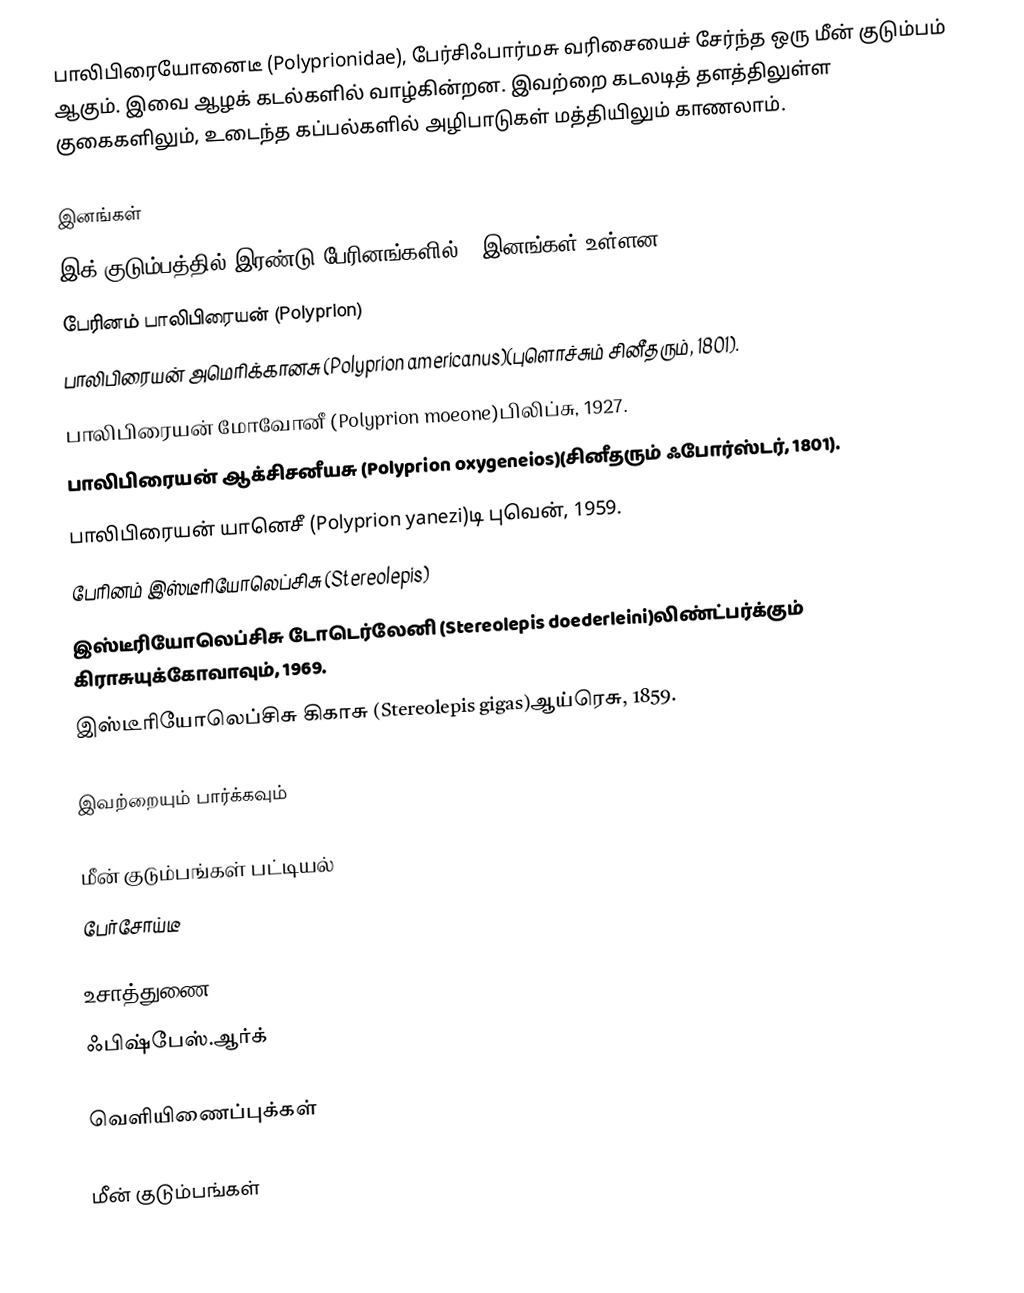
பாலிபிரையோனைடீ (Polyprionidae), பேர்சிஃபார்மசு வரிசையைச் சேர்ந்த ஒரு மீன் குடும்பம் ஆகும். இவை ஆழக் கடல்களில் வாழ்கின்றன. இவற்றை கடலடித் தளத்திலுள்ள குகைகளிலும், உடைந்த கப்பல்களில் அழிபாடுகள் மத்தியிலும் காணலாம்.

இனங்கள்
இக் குடும்பத்தில் இரண்டு பேரினங்களில் 6 இனங்கள் உள்ளன:
 பேரினம் பாலிபிரையன் (Polyprion)
 பாலிபிரையன் அமெரிக்கானசு (Polyprion americanus)(புளொச்சும் சினீதரும், 1801).
 பாலிபிரையன் மோவோனீ (Polyprion moeone)பிலிப்சு, 1927.
 பாலிபிரையன் ஆக்சிசனீயசு (Polyprion oxygeneios)(சினீதரும் ஃபோர்ஸ்டர், 1801).
 பாலிபிரையன் யானெசீ (Polyprion yanezi)டி புவென், 1959.
 பேரினம் இஸ்டீரியோலெப்சிசு (Stereolepis)
 இஸ்டீரியோலெப்சிசு டோடெர்லேனி (Stereolepis doederleini)லிண்ட்பர்க்கும் கிராசுயுக்கோவாவும், 1969.
 இஸ்டீரியோலெப்சிசு கிகாசு (Stereolepis gigas)ஆய்ரெசு, 1859.

இவற்றையும் பார்க்கவும்

 மீன் குடும்பங்கள் பட்டியல்
 பேர்சோய்டீ

உசாத்துணை
 ஃபிஷ்பேஸ்.ஆர்க்

வெளியிணைப்புக்கள்

மீன் குடும்பங்கள்